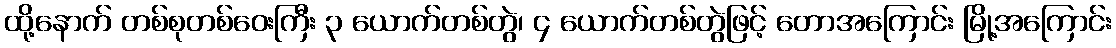
ထို့နောက် တစ်စုတစ်ဝေးကြီး ၃ ယောက်တစ်တွဲ၊ ၄ ယောက်တစ်တွဲဖြင့် တောအကြောင်း မြို့အကြောင်း